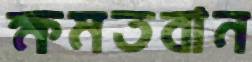
ক্ষমতবান